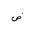
Letter: _dad